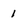
Character: 1